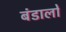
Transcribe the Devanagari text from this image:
बंडालों